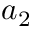
a _ { 2 }